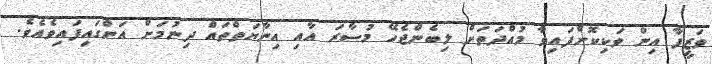
ވަޒީފާ އިން ވަކިކޮށްފައިވާ މުއްދަތަށް ލިބެންޖެހޭ މުސާރަ އާއި އިނާޔަތްތައް ދިނުމަށް އަންގައިފައިވެއެވެ.